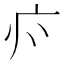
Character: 𭙑